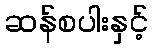
ဆန်စပါးနှင့်